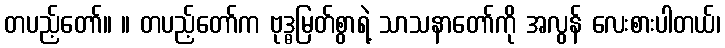
တပည့်တော်။ ။ တပည့်တော်က ဗုဒ္ဓမြတ်စွာရဲ့ သာသနာတော်ကို အလွန် လေးစားပါတယ်၊